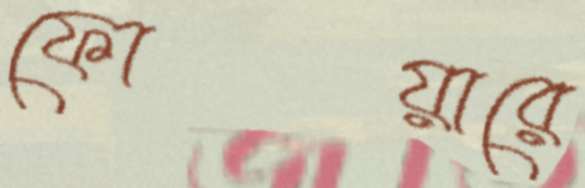
ফোয়ারে